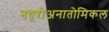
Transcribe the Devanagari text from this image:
नयूरोअनातोमिकल